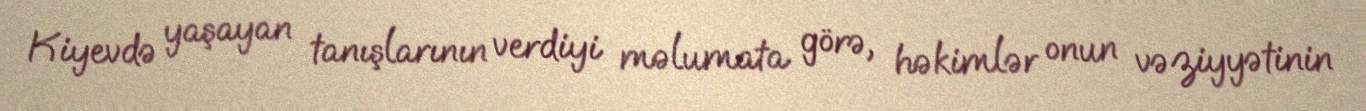
Kiyevdə yaşayan tanışlarının verdiyi məlumata görə, həkimlər onun vəziyyətinin